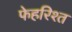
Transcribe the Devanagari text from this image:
फेहरिश्त